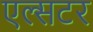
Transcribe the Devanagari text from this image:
एल्सटर